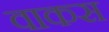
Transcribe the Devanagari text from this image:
वाकस